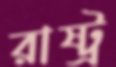
রাষ্ট্র